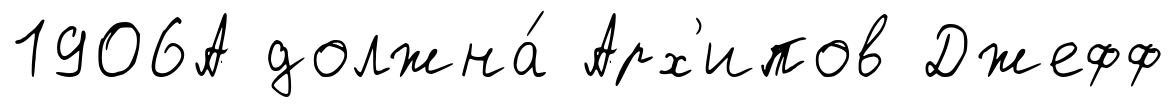
1906А должна́ Арх'ипов Джефф